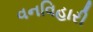
વનવિહારી